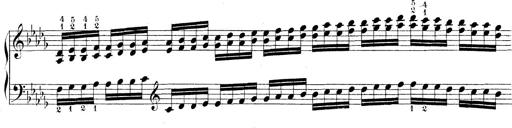
Title: Technische Studien
Composer: Franz Liszt